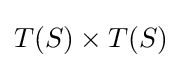
T(S)\times T(S)